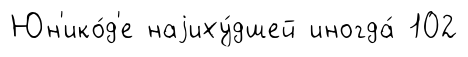
Юн'ико́д'е наjиху́дшей иногда́ 102